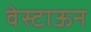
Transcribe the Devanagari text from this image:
वेस्टाऊन